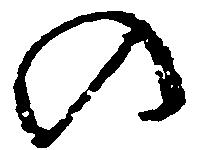
の